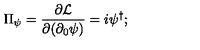
\Pi _ { \psi } = \frac { \partial { \cal { L } } } { \partial ( \partial _ { 0 } \psi ) } = i \psi ^ { \dagger } ;